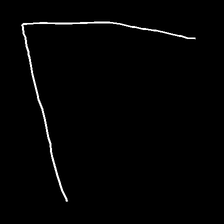
Glyph: region